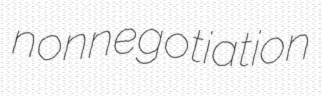
nonnegotiation